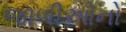
જાળીઓનો